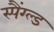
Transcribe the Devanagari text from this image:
स्पैंग्ल्ड